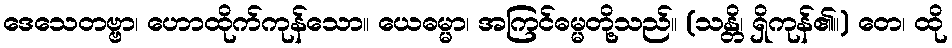
ဒေသေတဗ္ဗာ၊ ဟောထိုက်ကုန်သော။ ယေဓမ္မာ၊ အကြင်ဓမ္မတို့သည်။ (သန္တိ၊ ရှိကုန်၏။) တေ၊ ထို